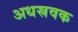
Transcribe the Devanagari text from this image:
अधस्रवक